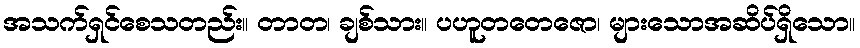
အသက်ရှင်စေသတည်း။ တာတ၊ ချစ်သား။ ပဟူတတေဇော၊ များသောအဆိပ်ရှိသော။